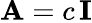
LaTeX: \mathbf{A}=c\, \mathbf{I}